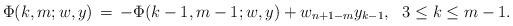
LaTeX: \begin{align*} \Phi(k,m; w,y)\,=\,-\Phi(k-1, m-1; w,y) + w_{n+1-m}y_{k-1}, \ \ 3\leq k\leq m-1.\end{align*}